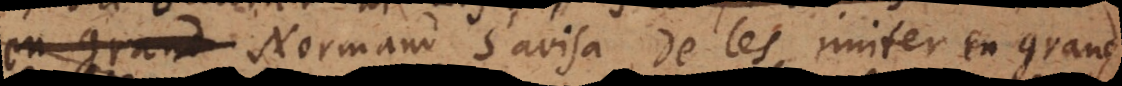
ouvrier Normand s’avisa de les imiter en grand.